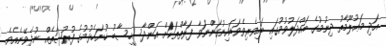
އަދި މަޢުލޫމާތު ދިނުމުގެ ބައްދަލުވުމުގައި ބައިވެރިވެވަޑައިނުގަންނަވާ ފަރާތްތަކަށް އަންދާސީހިސާބު ހުށަހެޅުމުގެ ފުރުޞަތެއް ނުދެވޭނެއެވެ.